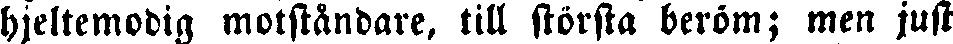
hjeltemodig motståndare, till största beröm; men just